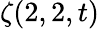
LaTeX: \zeta(2,2,t)